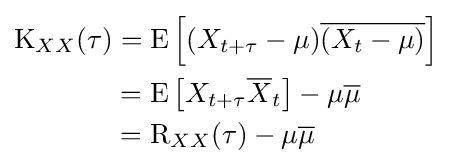
{\begin{aligned}\operatorname {K} _{XX}(\tau )&=\operatorname {E} \left[(X_{t+\tau }-\mu ){\overline {(X_{t}-\mu )}}\right]\\&=\operatorname {E} \left[X_{t+\tau }{\overline {X}}_{t}\right]-\mu {\overline {\mu }}\\&=\operatorname {R} _{XX}(\tau )-\mu {\overline {\mu }}\end{aligned}}